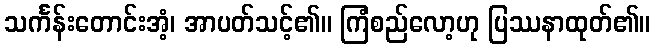
သင်္ကန်းတောင်းအံ့၊ အာပတ်သင့်၏။ ကြံစည်လော့ဟု ပြဿနာထုတ်၏။